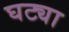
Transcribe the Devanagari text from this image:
घट्या